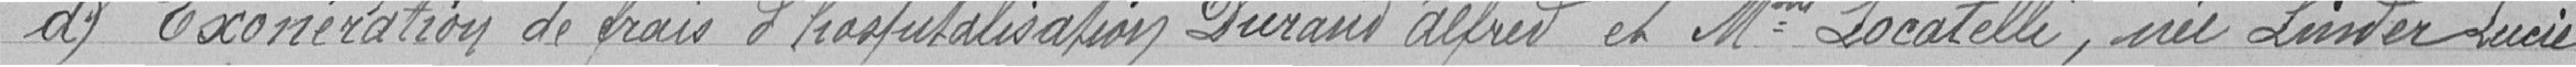
d) Exonération de frais d'hospitalisation DURAND Alfred et Mme LOCATELLI, née LINDER Lucie.